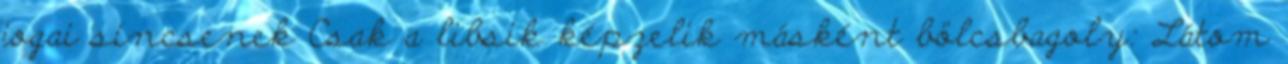
jogai sincsenek Csak a libsik képzelik másként bölcsbagoly: Látom